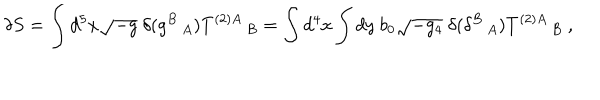
LaTeX: \delta S = \int d ^ { 5 } x \sqrt { - g } ~ \delta ( g ^ { B } \, _ { A } ) T ^ { ( 2 ) A } \, _ { B } = \int d ^ { 4 } x \int d y ~ b _ { 0 } \sqrt { - g _ { 4 } } ~ \delta ( \delta ^ { B } \, _ { A } ) T ^ { ( 2 ) A } \, _ { B } ~ ,